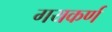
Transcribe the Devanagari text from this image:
गयकर्ण